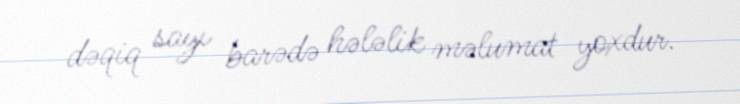
dəqiq sayı barədə hələlik məlumat yoxdur.